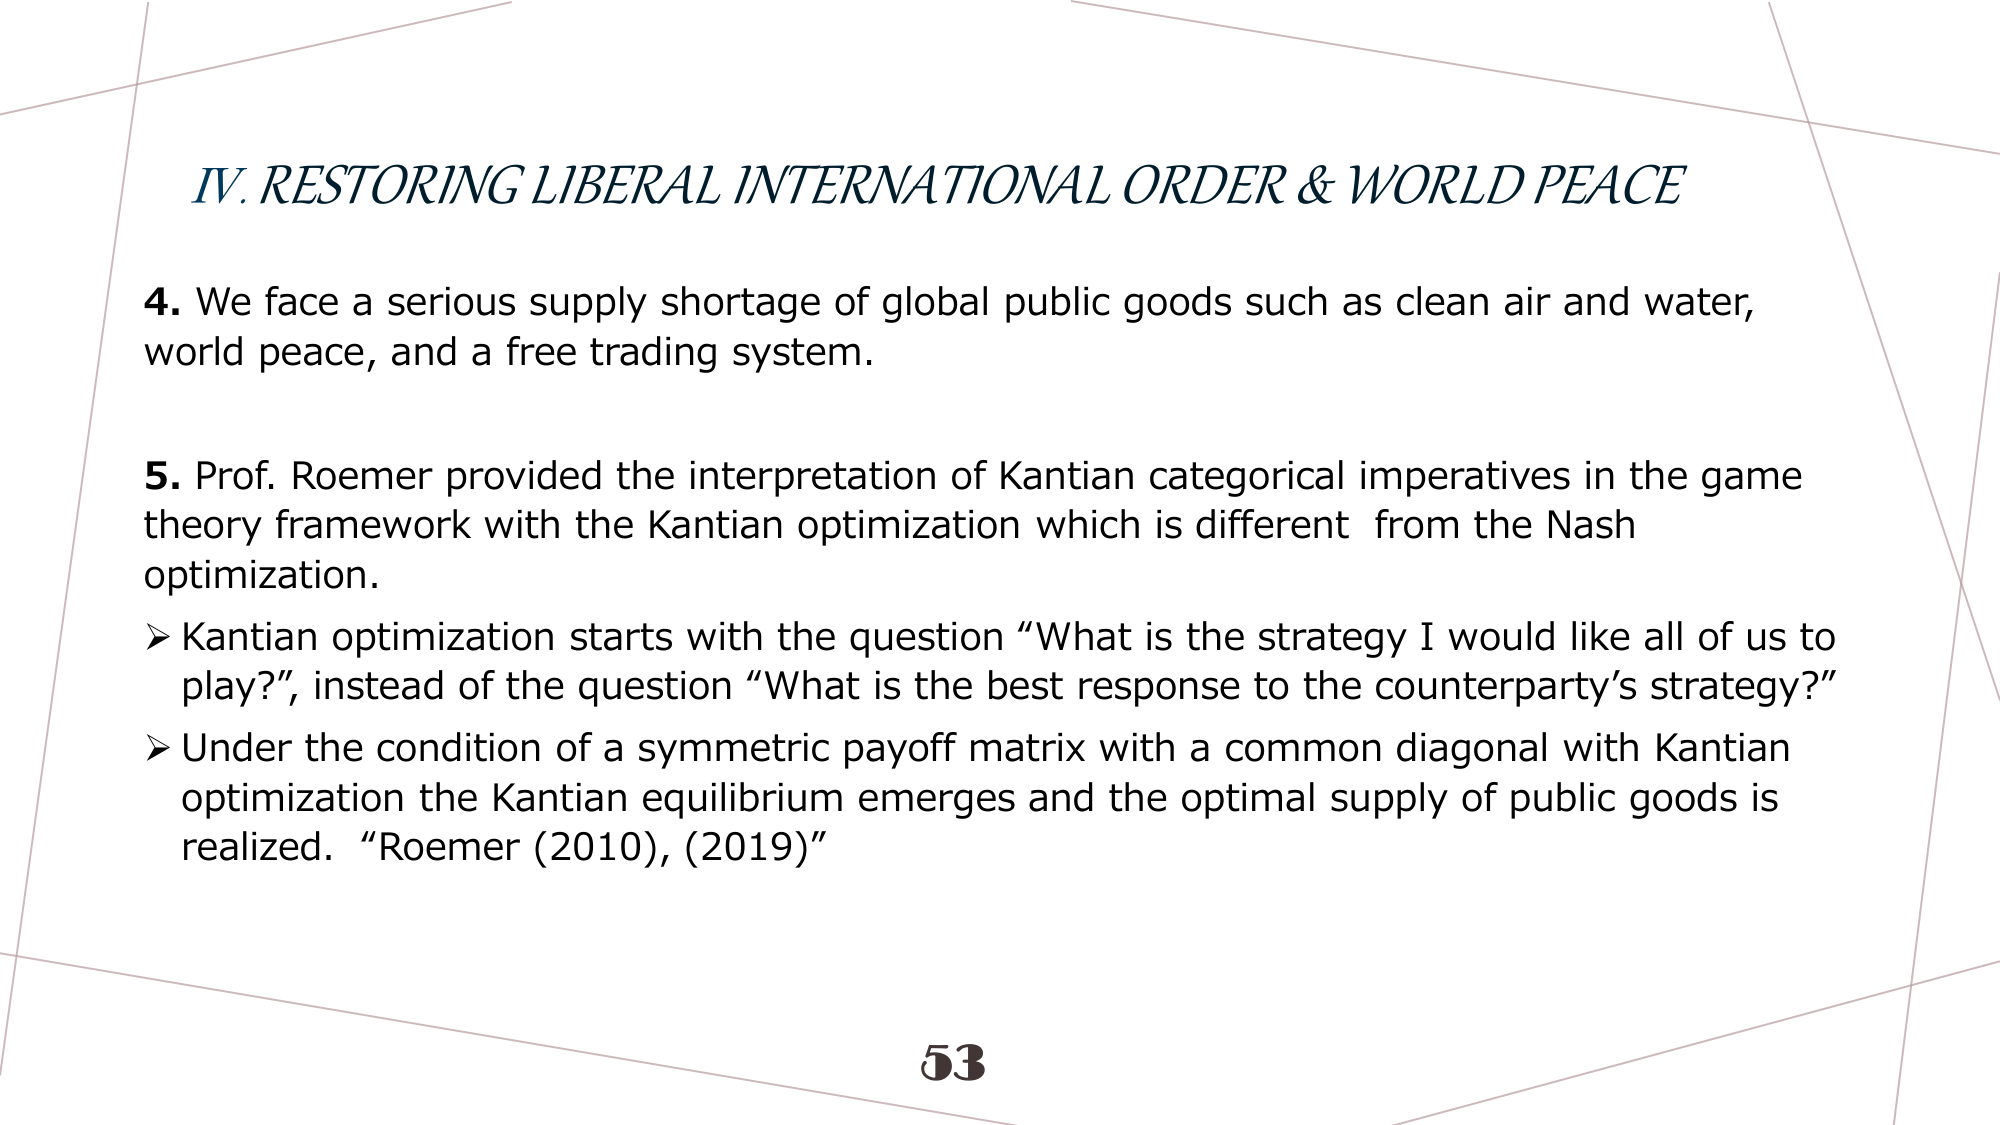
IV. RESTORING LIBERAL INTERNATIONAL ORDER & WORLD PEACE

4. We face a serious supply shortage of global public goods such as clean air and water, world peace, and a free trading system.

5. Prof. Roemer provided the interpretation of Kantian categorical imperatives in the game theory framework with the Kantian optimization which is different from the Nash optimization.

➤ Kantian optimization starts with the question “What is the strategy I would like all of us to play?”, instead of the question “What is the best response to the counterparty’s strategy?”

➤ Under the condition of a symmetric payoff matrix with a common diagonal with Kantian optimization the Kantian equilibrium emerges and the optimal supply of public goods is realized. “Roemer (2010), (2019)”

53